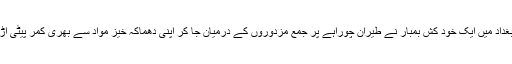
موصول اطلاع کے مطابق منگل کی صبح وسطی بغداد میں ایک خود کش بمبار نے طیران چوراہے پر جمع مزدوروں کے درمیان جا کر اپنی دھماکہ خیز مواد سے بھری کمر پیٹی اڑا دی جس میں کم از کم22افراد زخمی وبھی ہوئے۔